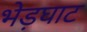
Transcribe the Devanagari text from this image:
भेड़घाट